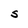
Character: S